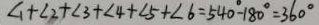
\angle 1 + \angle 2 + \angle 3 + \angle 4 + \angle 5 + \angle 6 = 5 4 0 ^ { \circ } - 1 8 0 ^ { \circ } = 3 6 0 ^ { \circ }